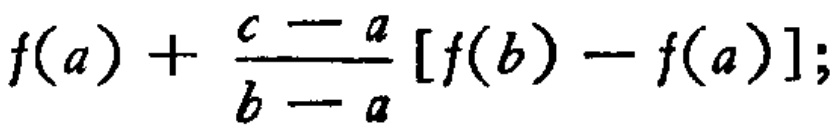
\(f(a) + \frac{c - a}{b - a} [f(b) - f(a)];\)